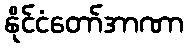
နိုင်ငံတော်အာဏာ